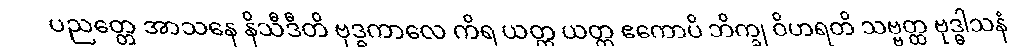
ပညတ္တေ အာသနေ နိသီဒီတိ ဗုဒ္ဓကာလေ ကိရ ယတ္ထ ယတ္ထ ဧကောပိ ဘိက္ခု ဝိဟရတိ သဗ္ဗတ္ထ ဗုဒ္ဓါသနံ